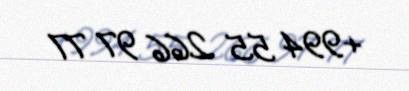
+994 55 266 97 77